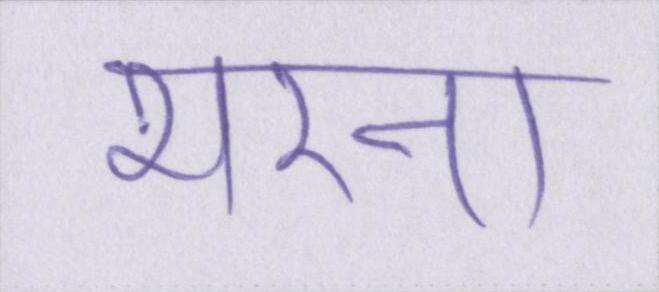
भरना